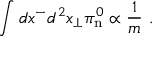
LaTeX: \int d x ^ { - } d ^ { 2 } x _ { \perp } \pi _ { \mathrm { n } } ^ { 0 } \propto \frac { 1 } { m } \ .